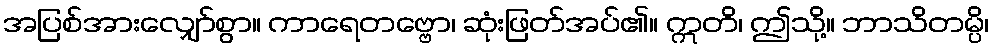
အပြစ်အားလျှော်စွာ။ ကာရေတဗ္ဗော၊ ဆုံးဖြတ်အပ်၏။ ဣတိ၊ ဤသို့။ ဘာသိတမ္ပိ၊